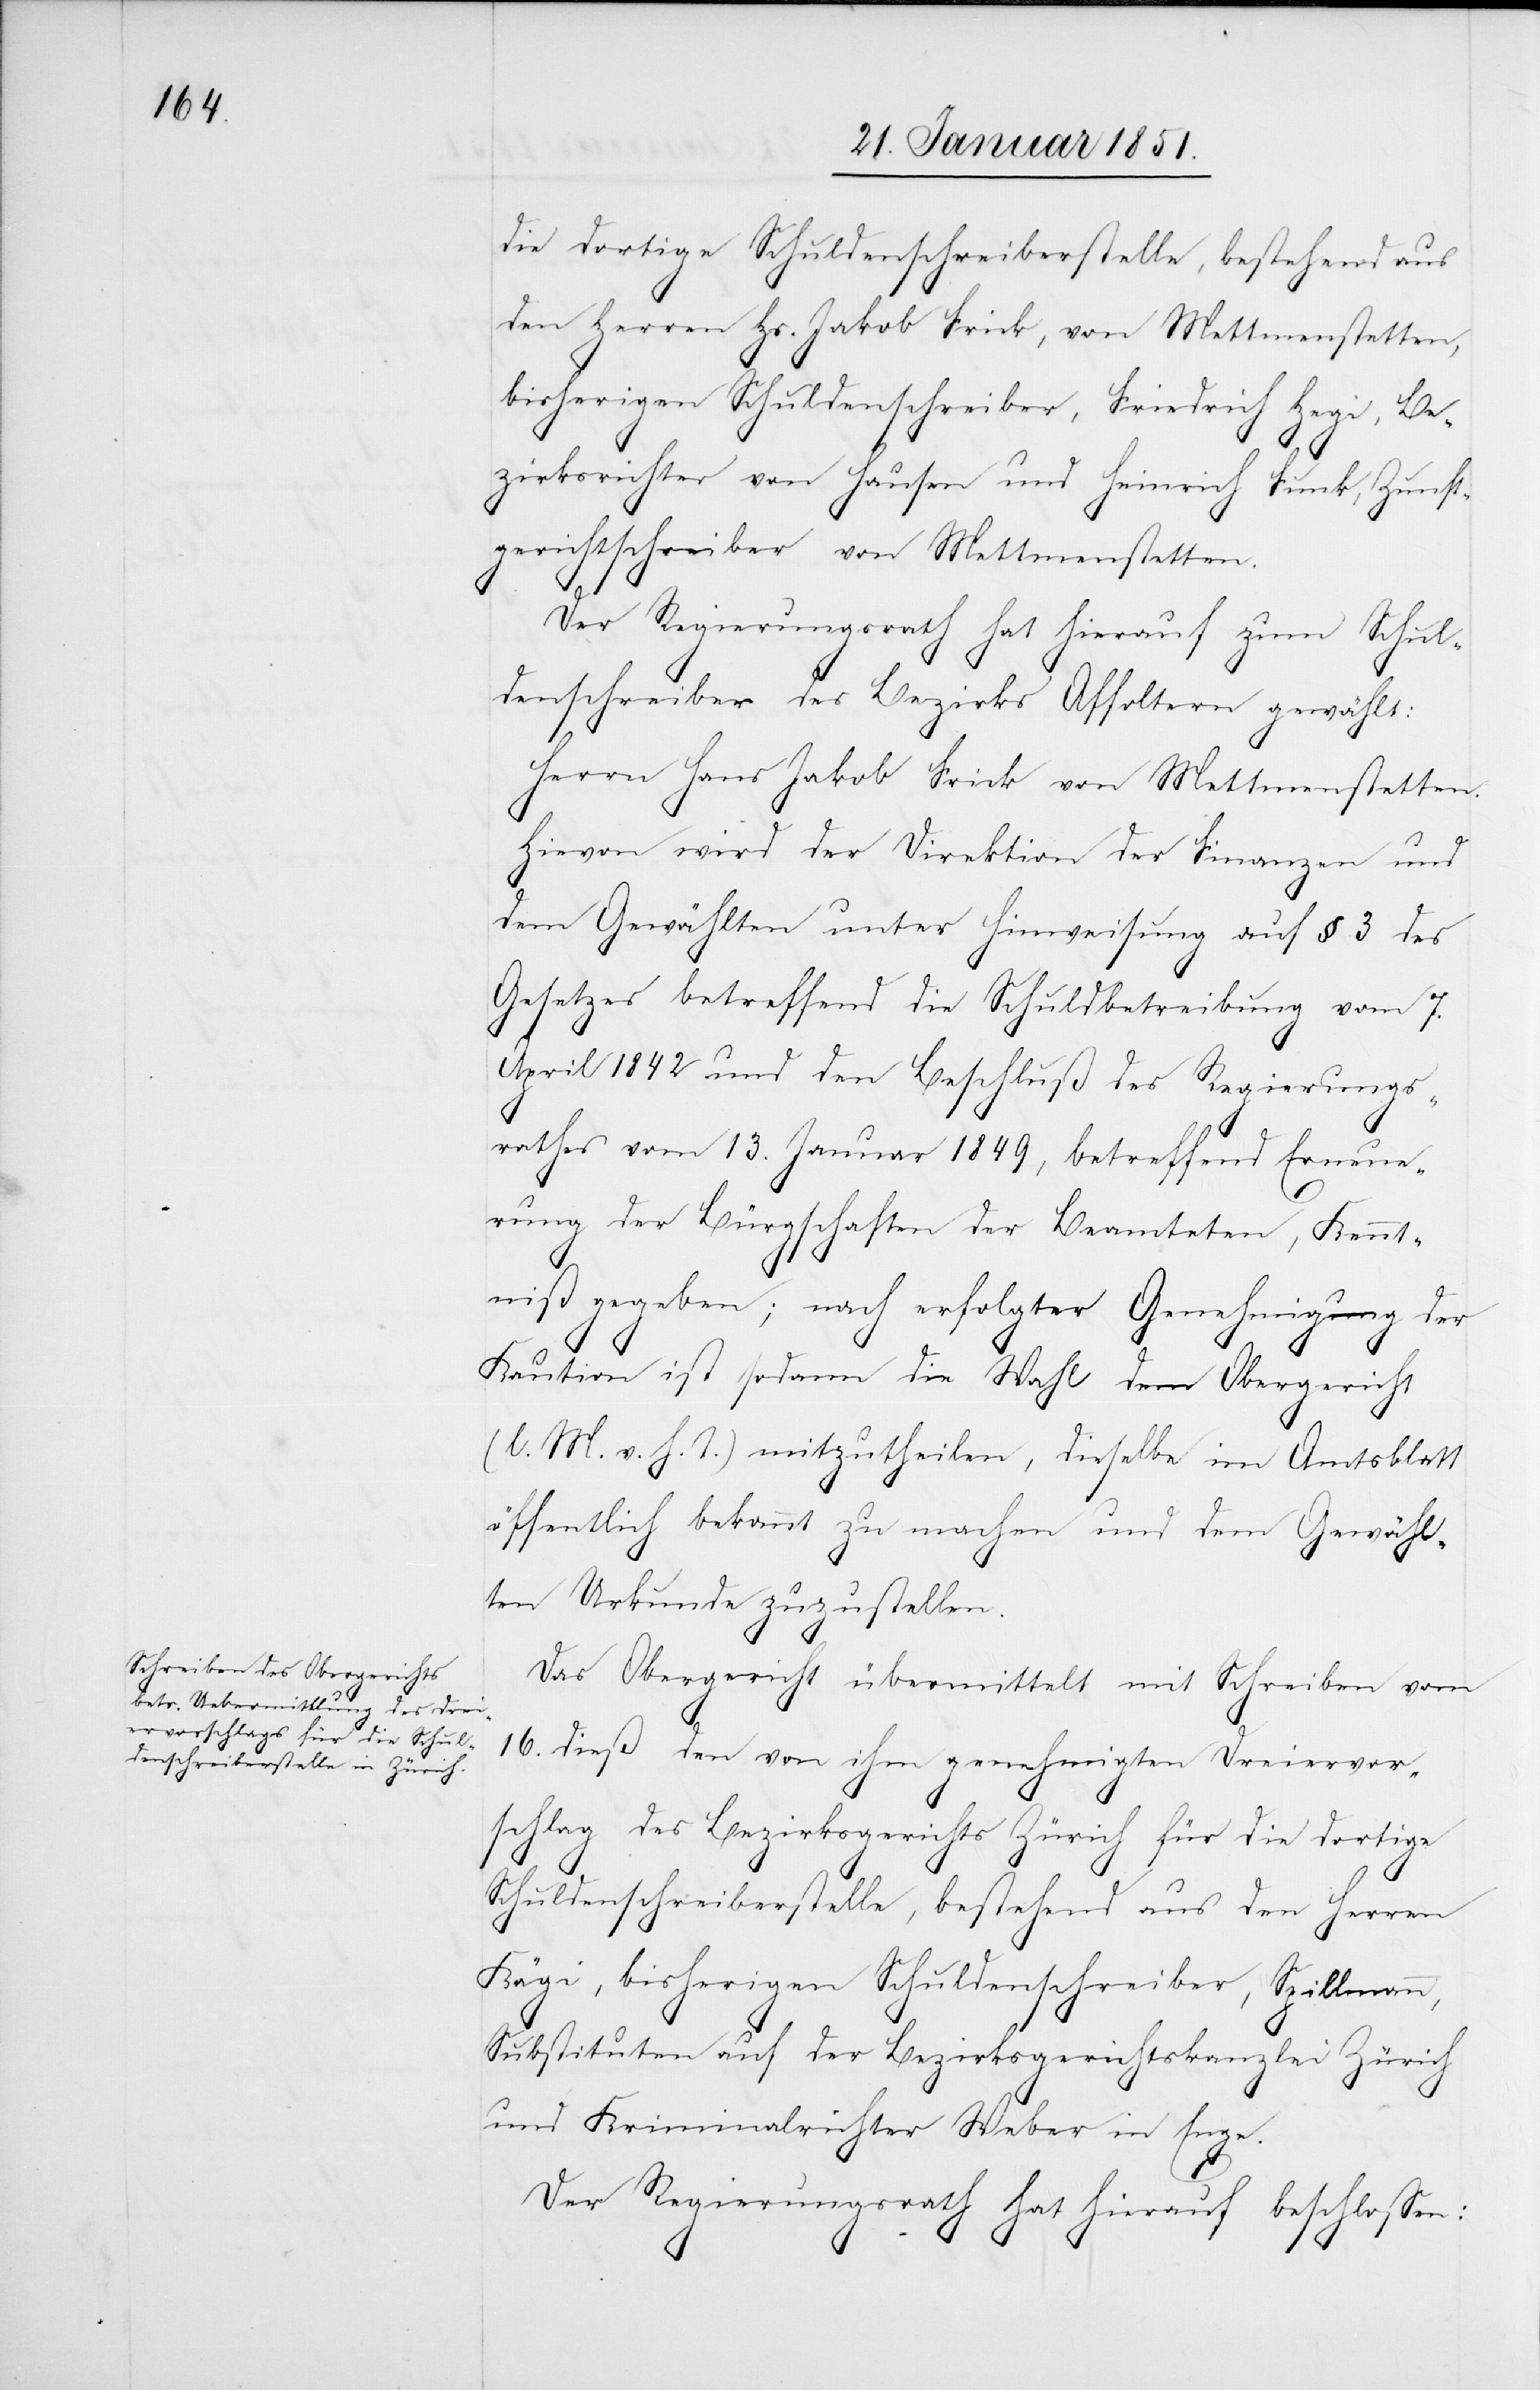
die dortige Schuldenschreiberstelle, bestehend aus
den Herren Hs. Jakob Frick, von Mettmenstetten,
bisherigen Schuldenschreiber, Friedrich Hegi, Be¬
zirksrichter von Hausen und Heinrich Funk, Zunft¬
gerichtschreiber von Mettmenstetten.
Der Regierungsrath hat hierauf zum Schul¬
denschreiber des Bezirks Affoltern gewählt:
Herrn Hans Jakob Frick von Mettmenstetten.
Hievon wird der Direktion der Finanzen und
dem Gewählten unter Hinweisung auf § 3 des
Gesetzes betreffend die Schuldbetreibung vom 7.
April 1842 und den Beschluß des Regierungs¬
rathes vom 13. Januar 1849, betreffend Erneue¬
rung der Bürgschaften der Beamteten, Kennt¬
niß gegeben; nach erfolgter Genehmigung der
Kaution ist sodann die Wahl dem Obergericht
(l. M. v. h. T.) mitzutheilen, dieselbe im Amtsblatt
öffentlich bekannt zu machen und dem Gewähl¬
ten Urkunde zuzustellen.
Das Obergericht übermittelt mit Schreiben vom
16. dieß den von ihm genehmigten Dreiervor¬
schlag des Bezirksgerichts Zürich für die dortige
Schuldenschreiberstelle, bestehend aus den Herren
Kägi, bisherigen Schuldenschreiber, Spillmann,
Substituten auf der Bezirksgerichtskanzlei Zürich
und Kriminalrichter Weber in Enge.
Der Regierungsrath hat hierauf beschlossen: